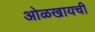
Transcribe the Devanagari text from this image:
ओळखायची